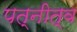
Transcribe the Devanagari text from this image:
पत्नीत्व